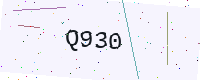
Text: Q930